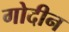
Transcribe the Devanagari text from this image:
गोदीन